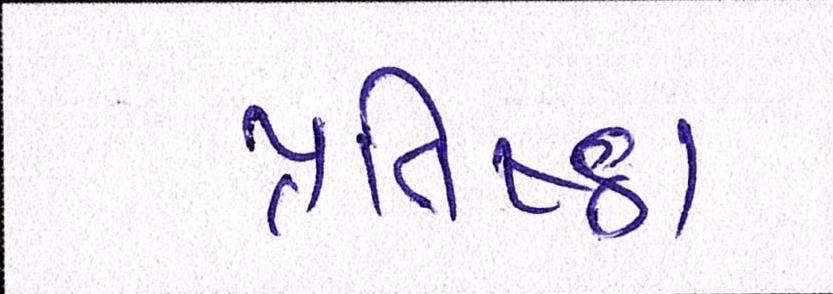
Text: પ્રતિષ્ઠા